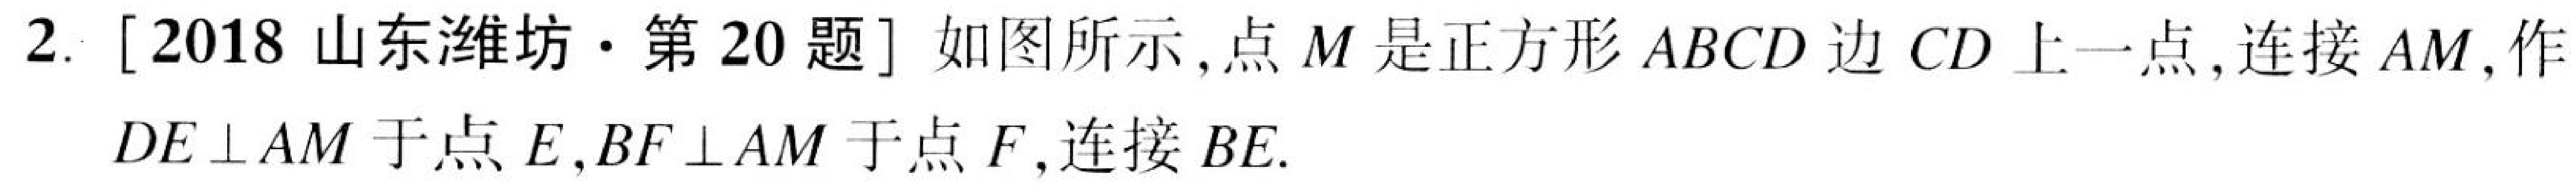
2. [2018山东潍坊·第20题] 如图所示,点\(M\)是正方形\(ABCD\)边\(CD\)上一点,连接\(AM\),作\(DE\perp AM\)于点\(E\),\(BF\perp AM\)于点\(F\),连接\(BE\).